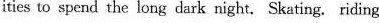
ities to spend the long dark night. Skating. Riding